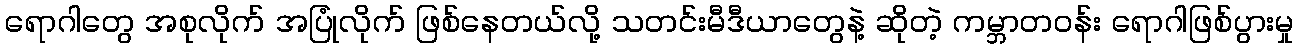
ရောဂါတွေ အစုလိုက် အပြုံလိုက် ဖြစ်နေတယ်လို့ သတင်းမီဒီယာတွေနဲ့ ဆိုတဲ့ ကမ္ဘာတဝန်း ရောဂါဖြစ်ပွားမှု